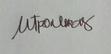
Signature authenticity: genuine